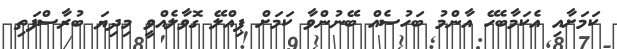
ކަމަށާއި އެކަމާބެހޭ އާންމު ބަހުސެއް ބޭނުންވާ ކަމަށް ޕިއްލޭ ގޮވާލެއްވީ މިދިޔަ ބުރާސްފަތި